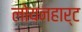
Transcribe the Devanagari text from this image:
लोयनहार्ट